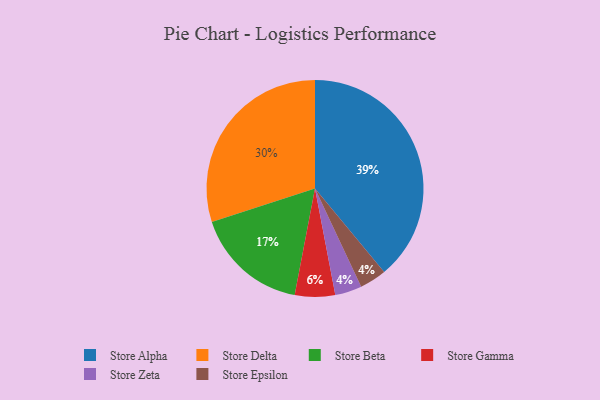
{"axis": {"x": "Category", "y": "Percentage"}, "legend": ["Store Alpha", "Store Beta", "Store Delta", "Store Epsilon", "Store Gamma", "Store Zeta"], "data": [{"x": "Store Beta", "y": 17, "type": "Store Beta"}, {"x": "Store Delta", "y": 30, "type": "Store Delta"}, {"x": "Store Gamma", "y": 6, "type": "Store Gamma"}, {"x": "Store Zeta", "y": 4, "type": "Store Zeta"}, {"x": "Store Alpha", "y": 39, "type": "Store Alpha"}, {"x": "Store Epsilon", "y": 4, "type": "Store Epsilon"}]}